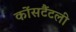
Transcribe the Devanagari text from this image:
कोंसटैंटली